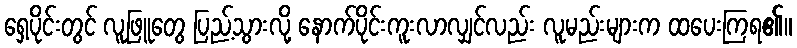
ရှေ့ပိုင်းတွင် လူဖြူတွေ ပြည့်သွားလို့ နောက်ပိုင်းကူးလာလျှင်လည်း လူမည်းများက ထပေးကြရ၏။